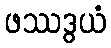
ဖဿဒွယံ